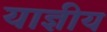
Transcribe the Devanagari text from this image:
याज्ञीय